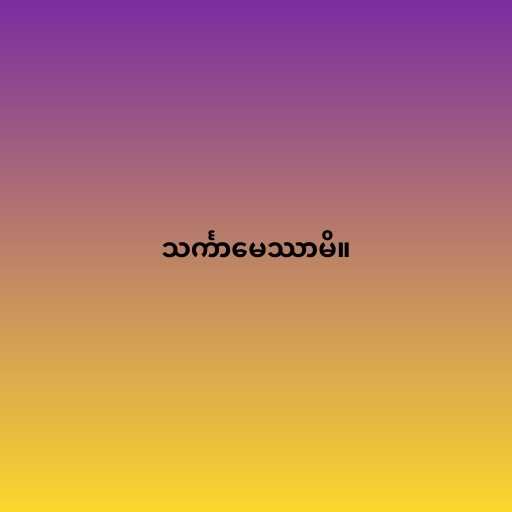
သင်္ကာမေဿာမိ။